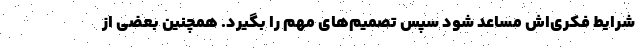
شرایط فکری‌اش مساعد شود سپس تصمیم‌های مهم را بگیرد. همچنین بعضی از